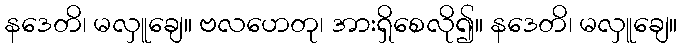
နဒေတိ၊ မလှူချေ။ ဗလဟေတု၊ အားရှိစေလို၍။ နဒေတိ၊ မလှူချေ။